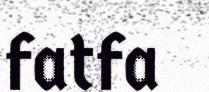
fatfa